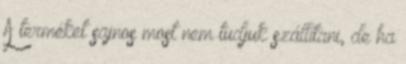
A terméket sajnos most nem tudjuk szállítani, de ha